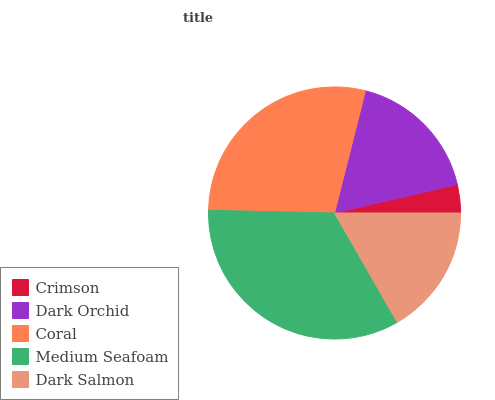
| Crimson | Dark Orchid | Coral | Medium Seafoam | Dark Salmon |
 | --- | --- | --- | --- | --- |
 | 3.63% | 17.5% | 28.6% | 33.6% | 16.7% |